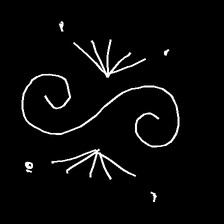
Glyph: aeroform